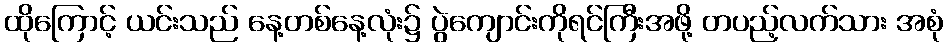
ထိုကြောင့် ယင်းသည် နေ့တစ်နေ့လုံး၌ ပွဲကျောင်းကိုရင်ကြီးအဖို့ တပည့်လက်သား အစုံ